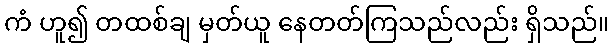
ကံ ဟူ၍ တထစ်ချ မှတ်ယူ နေတတ်ကြသည်လည်း ရှိသည်။